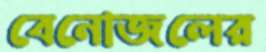
বেনোজলের